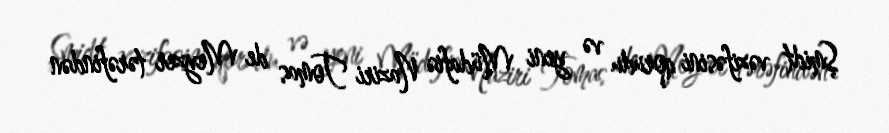
Şmidt vəzifəsini qorudu və yeni Müdafiə Naziri Tomas de Meyzer tərəfindən